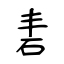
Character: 砉